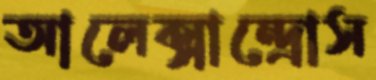
আলেক্সান্দ্রোস